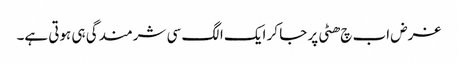
غرض اب چ ھٹی پر جا کر ایک الگ سی شرمندگی ہی ہوتی ہے۔